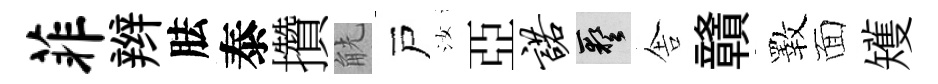
菲辫胠泰攢觥戸汝亞诺藝舎贛斁面矱